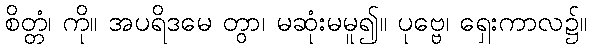
စိတ္တံ၊ ကို။ အပရိဒမေ တွာ၊ မဆုံးမမူ၍။ ပုဗ္ဗေ၊ ရှေးကာလ၌။